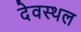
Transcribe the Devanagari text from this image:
देवस्थल